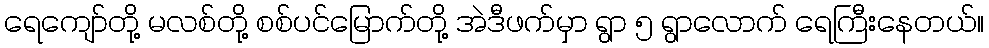
ရေကျော်တို့ မလစ်တို့ စစ်ပင်မြောက်တို့ အဲဒီဖက်မှာ ရွာ ၅ ရွာလောက် ရေကြီးနေတယ်။